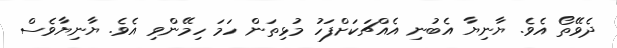
ދެވޭތޯ އެވެ. ޔާނިޔާ އެބުނި އެއްޗަކަށްފަހު މުޅިތަން ހަމަ ހިމޭންވި އެވެ. ޔާނިޔާވެސް